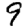
Digit: 9